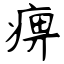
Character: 痹